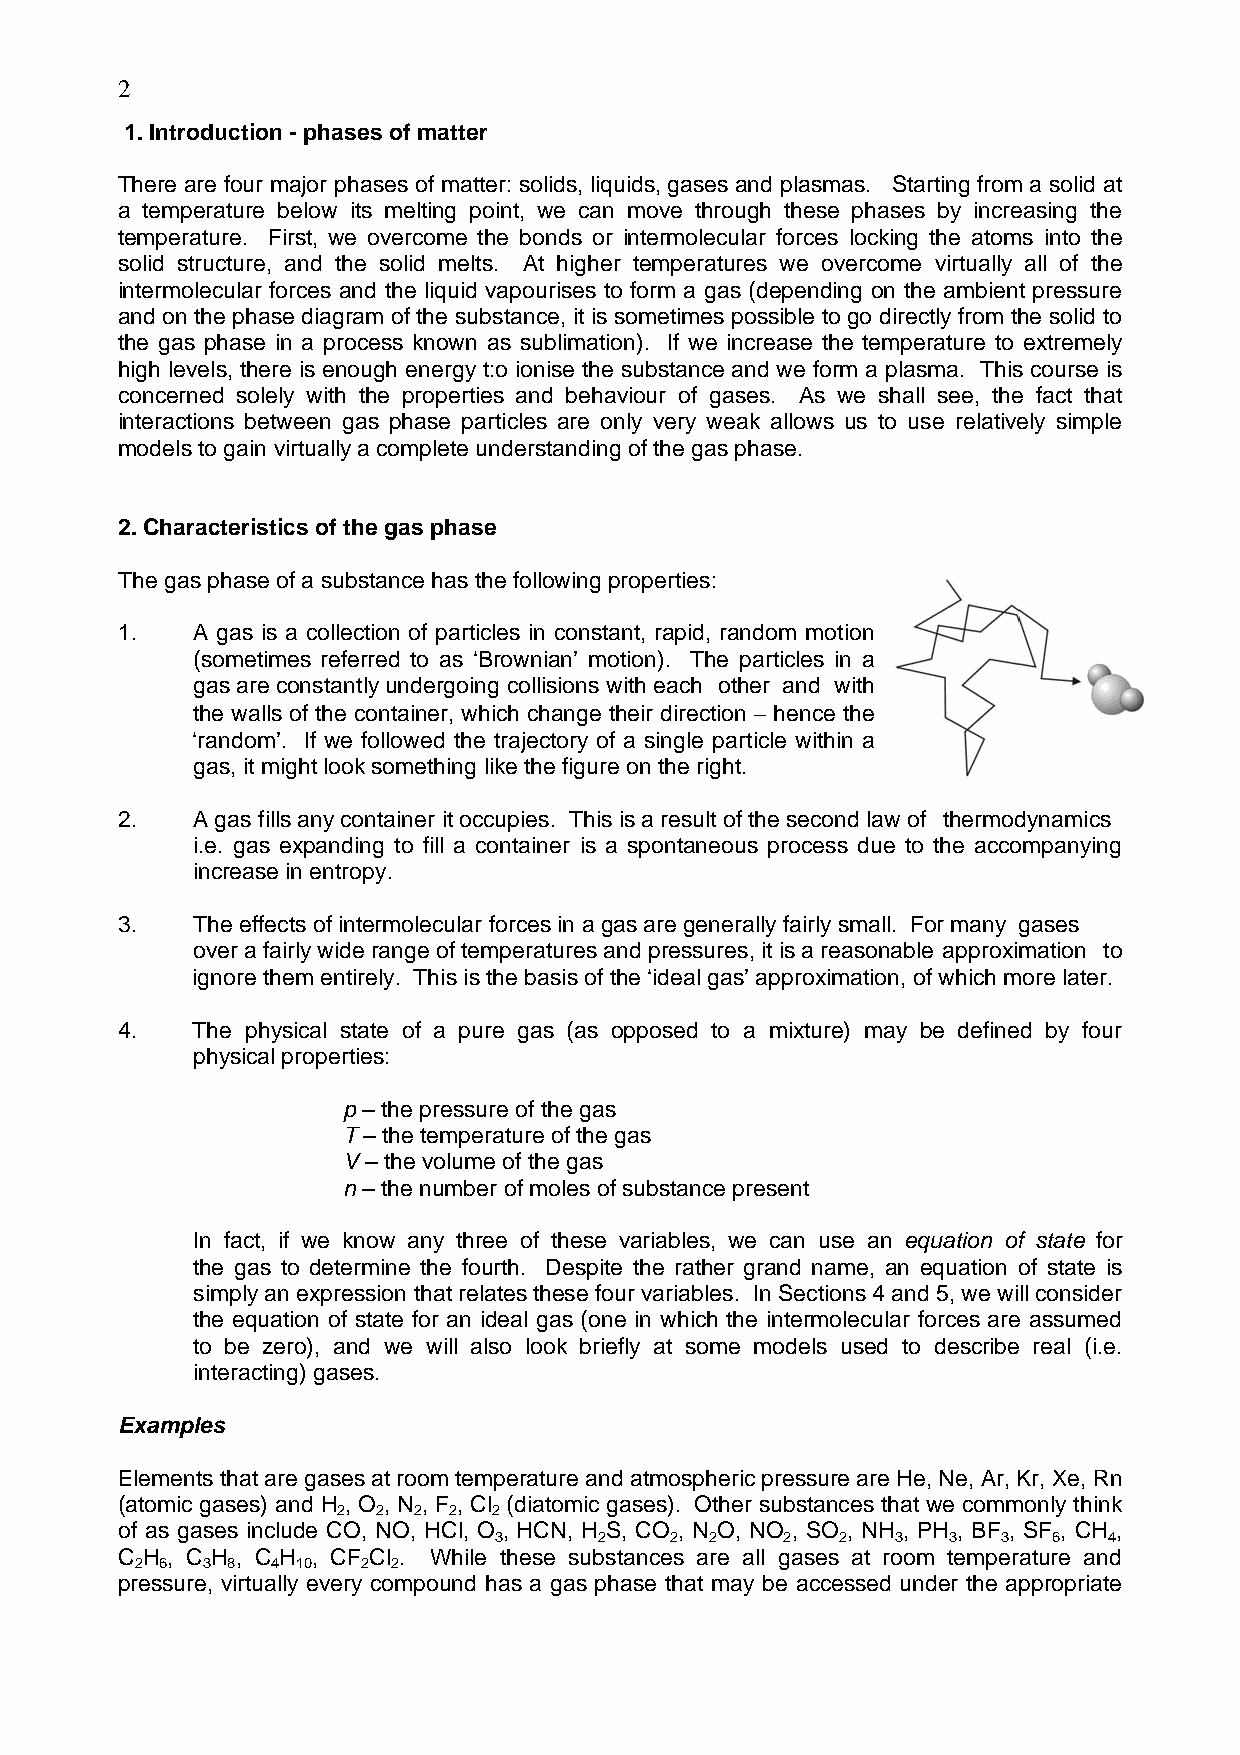
2
 1. Introduction - phases of matter
 There are four major phases of matter: solids, liquids, gases and plasmas. Starting from a solid at
 a temperature below its melting point, we can move through these phases by increasing the
 temperature. First, we overcome the bonds or intermolecular forces locking the atoms into the
 solid structure, and the solid melts. At higher temperatures we overcome virtually all of the
 intermolecular forces and the liquid vapourises to form a gas (depending on the ambient pressure
 and on the phase diagram of the substance, it is sometimes possible to go directly from the solid to
 the gas phase in a process known as sublimation). If we increase the temperature to extremely
 high levels, there is enough energy t:o ionise the substance and we form a plasma. This course is
 concerned solely with the properties and behaviour of gases. As we shall see, the fact that
 interactions between gas phase particles are only very weak allows us to use relatively simple
 models to gain virtually a complete understanding of the gas phase.
 2. Characteristics of the gas phase
 The gas phase of a substance has the following properties:
 1.   A gas is a collection of particles in constant, rapid, random motion
 (sometimes referred to as ‘Brownian’ motion). The particles in a
 gas are constantly undergoing collisions with each other and with
 the walls of the container, which change their direction − hence the
 ‘random’. If we followed the trajectory of a single particle within a
 gas, it might look something like the figure on the right.
 2.   A gas fills any container it occupies. This is a result of the second law of thermodynamics
 i.e. gas expanding to fill a container is a spontaneous process due to the accompanying
 increase in entropy.
 3.   The effects of intermolecular forces in a gas are generally fairly small. For many gases
 over a fairly wide range of temperatures and pressures, it is a reasonable approximation to
 ignore them entirely. This is the basis of the ‘ideal gas’ approximation, of which more later.
 4.   The physical state of a pure gas (as opposed to a mixture) may be defined by four
 physical properties:
 p – the pressure of the gas
 T – the temperature of the gas
 V – the volume of the gas
 n – the number of moles of substance present
 In fact, if we know any three of these variables, we can use an equation of state for
 the gas to determine the fourth. Despite the rather grand name, an equation of state is
 simply an expression that relates these four variables. In Sections 4 and 5, we will consider
 the equation of state for an ideal gas (one in which the intermolecular forces are assumed
 to be zero), and we will also look briefly at some models used to describe real (i.e.
 interacting) gases.
 Examples
 Elements that are gases at room temperature and atmospheric pressure are He, Ne, Ar, Kr, Xe, Rn
 (atomic gases) and H , O , N , F , Cl (diatomic gases). Other substances that we commonly think
 2  2 2  2  2
 of as gases include CO, NO, HCl, O , HCN, H S, CO , N O, NO , SO , NH , PH , BF , SF , CH ,
 3      2   2  2    2   2  3   3  3   6  4
 C H , C H , C H , CF Cl . While these substances are all gases at room temperature and
 2 6 3 8  4 10  2 2
 pressure, virtually every compound has a gas phase that may be accessed under the appropriate